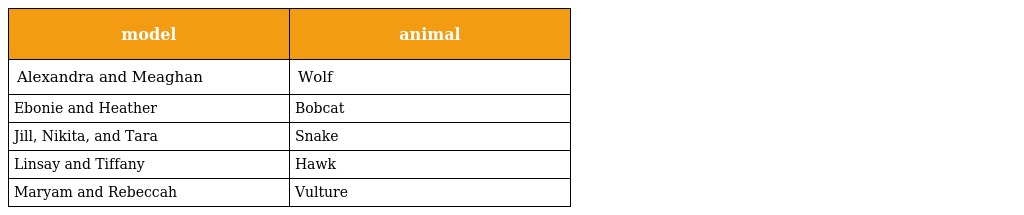
| model | animal |
 | --- | --- |
 | Alexandra and Meaghan | Wolf |
 | Ebonie and Heather | Bobcat |
 | Jill, Nikita, and Tara | Snake |
 | Linsay and Tiffany | Hawk |
 | Maryam and Rebeccah | Vulture |